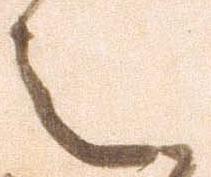
之